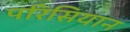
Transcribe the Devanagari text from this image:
परिसियान